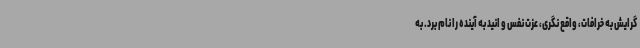
گرایش به خرافات، واقع نگری، عزت نفس و انید به آینده را نام برد. به